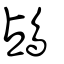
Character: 𪀄